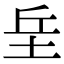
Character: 𡊣